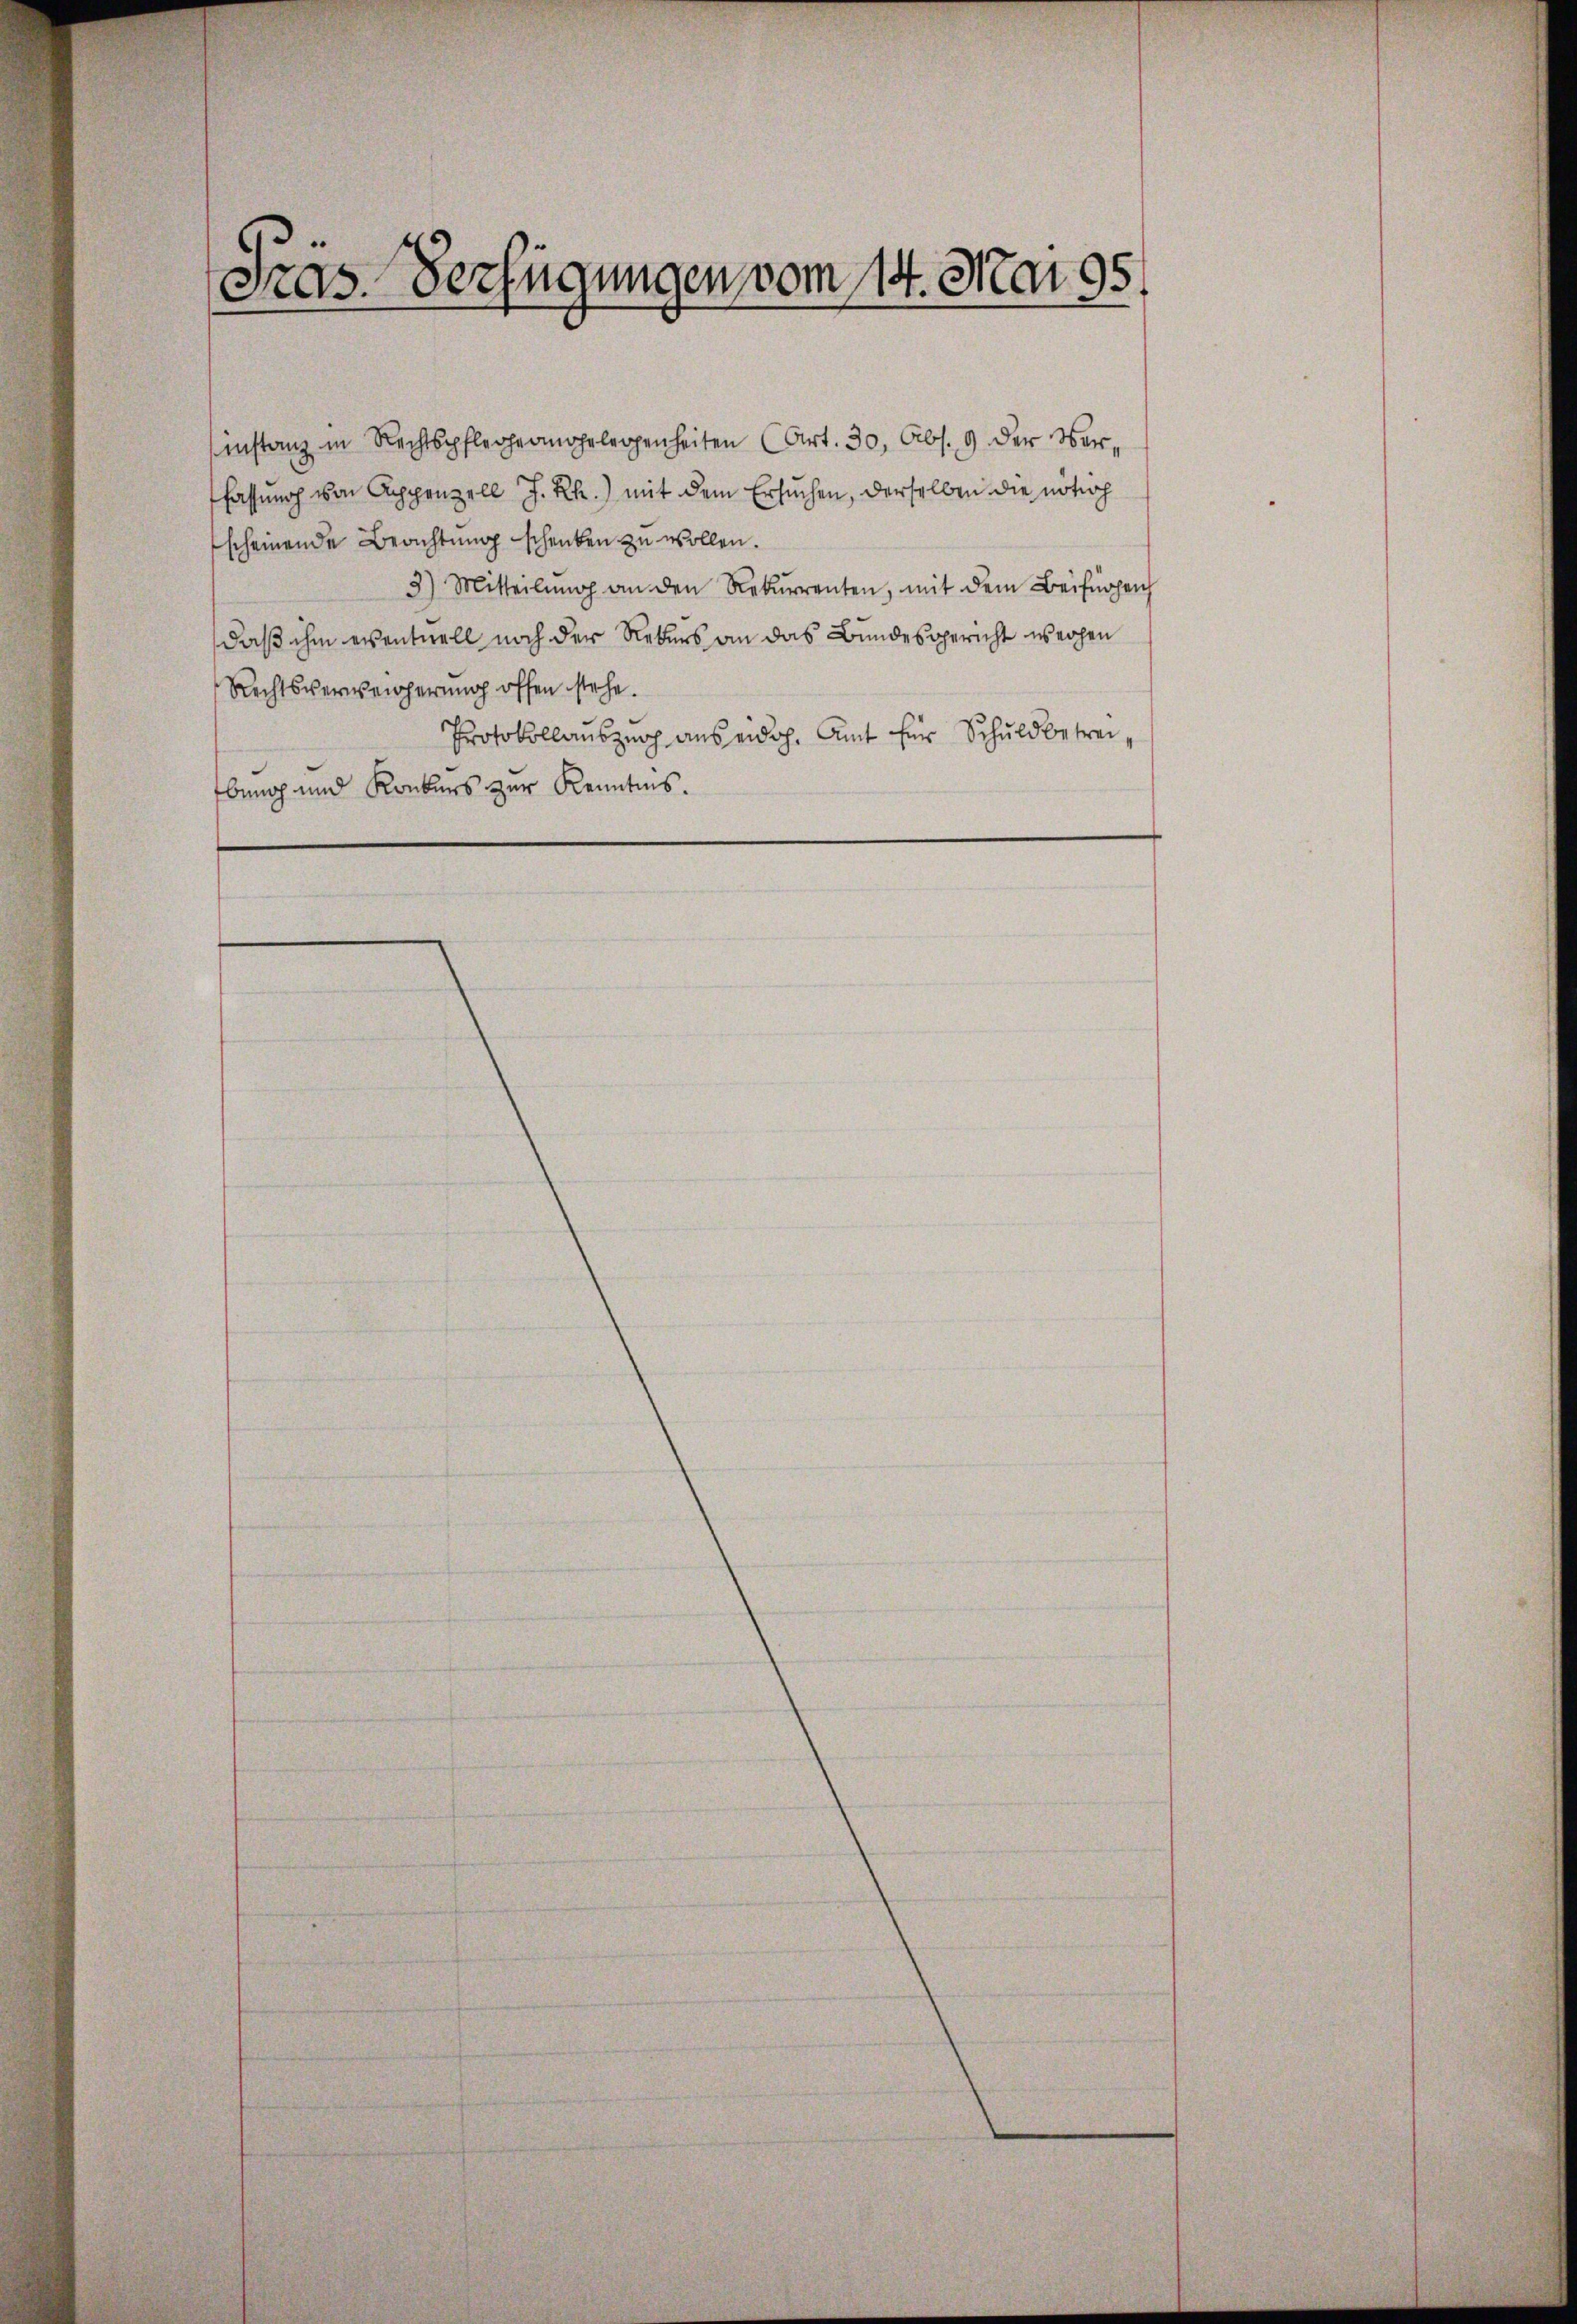
Präs. Verfügungen vom 14. Mai 95.

fassung von Appenzell J. R.) mit dem Ersuchen, derselben die nötioh
scheinende Beachtung schenken zu wollen.
3) Mitteilŭng an den Rekurrenten, mit dem Beifügen
daß ihm eventuell noch der Uebers an das Bundesgericht weihen
Rechtsverweicherung offen stehe.
Protokollaŭszŭg aŭs eidg. Amt für Schuldbetreibung und Konkurs zur Kenntnis.

instanz in Rechtspflegeangelegenheiten (Art. 30, Abs. 9 der Ver¬